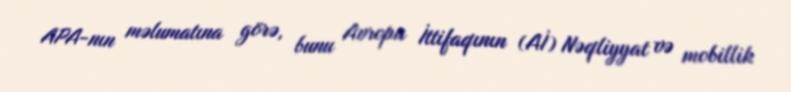
APA-nın məlumatına görə, bunu Avropa İttifaqının (Aİ) Nəqliyyat və mobillik